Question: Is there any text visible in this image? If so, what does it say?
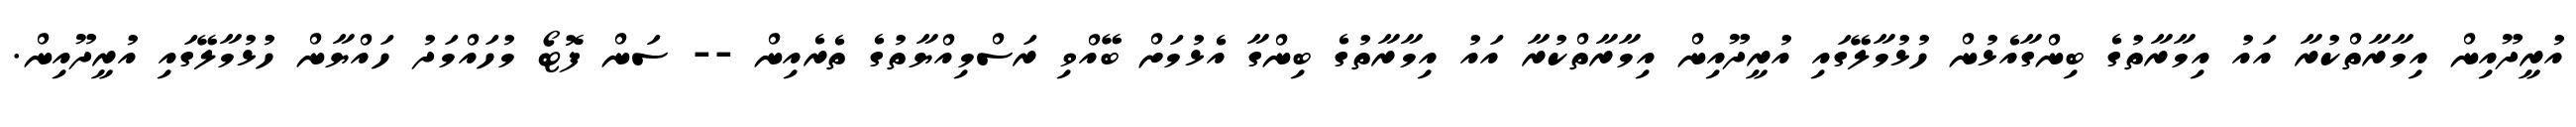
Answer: އުރީދޫއިން އިމާރާތްކުރާ އައު އިމާރާތުގެ ބިންގާއެޅުން ހުޅުމާލޭގައި އުރީދޫއިން އިމާރާތްކުރާ އައު އިމާރާތުގެ ބިންގާ އެޅުމަށް ބޭއްވި ރަސްމިއްޔާތުގެ ތެރެއިން -- ސަން ފޮޓޯ މުހައްމަދު ހައްޔާން ހުޅުމާލޭގައި އުރީދޫއިން.